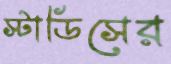
স্টাডিসের